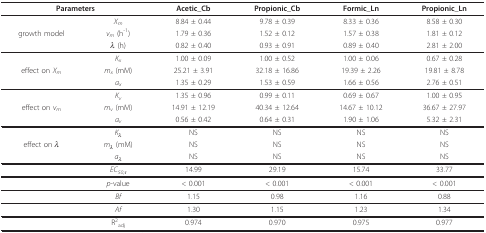
<table><thead><tr><td colspan="2"><b>Parameters</b></td><td><b>Acetic_Cb</b></td><td><b>Propionic_Cb</b></td><td><b>Formic_Ln</b></td><td><b>Propionic_Ln</b></td></tr></thead><tbody><tr><td></td><td><i>X<sub>m</sub></i></td><td>8.84 ± 0.44</td><td>9.78 ± 0.39</td><td>8.33 ± 0.36</td><td>8.58 ± 0.30</td></tr><tr><td>growth model</td><td><i>v<sub>m </sub></i>(h<sup>-1</sup>)</td><td>1.79 ± 0.36</td><td>1.52 ± 0.12</td><td>1.57 ± 0.38</td><td>1.81 ± 0.12</td></tr><tr><td></td><td><i>λ </i>(h)</td><td>0.82 ± 0.40</td><td>0.93 ± 0.91</td><td>0.89 ± 0.40</td><td>2.81 ± 2.00</td></tr><tr><td></td><td><i>K<sub>x</sub></i></td><td>1.00 ± 0.09</td><td>1.00 ± 0.52</td><td>1.00 ± 0.06</td><td>0.67 ± 0.28</td></tr><tr><td>effect on <i>X<sub>m</sub></i></td><td><i>m<sub>x </sub></i>(mM)</td><td>25.21 ± 3.91</td><td>32.18 ± 16.86</td><td>19.39 ± 2.26</td><td>19.81 ± 8.78</td></tr><tr><td></td><td><i>a<sub>x</sub></i></td><td>1.35 ± 0.29</td><td>1.53 ± 0.59</td><td>1.66 ± 0.56</td><td>2.76 ± 0.51</td></tr><tr><td></td><td><i>K<sub>v</sub></i></td><td>1.35 ± 0.96</td><td>0.99 ± 0.11</td><td>0.69 ± 0.67</td><td>1.00 ± 0.95</td></tr><tr><td>effect on <i>v<sub>m</sub></i></td><td><i>m<sub>v </sub></i>(mM)</td><td>14.91 ± 12.19</td><td>40.34 ± 12.64</td><td>14.67 ± 10.12</td><td>36.67 ± 27.97</td></tr><tr><td></td><td><i>a<sub>v</sub></i></td><td>0.56 ± 0.42</td><td>0.64 ± 0.31</td><td>1.90 ± 1.06</td><td>5.32 ± 2.31</td></tr><tr><td></td><td><i>K<sub>λ</sub></i></td><td>NS</td><td>NS</td><td>NS</td><td>NS</td></tr><tr><td>effect on <i>λ</i></td><td><i>m<sub>λ </sub></i>(mM)</td><td>NS</td><td>NS</td><td>NS</td><td>NS</td></tr><tr><td></td><td><i>a<sub>λ</sub></i></td><td>NS</td><td>NS</td><td>NS</td><td>NS</td></tr><tr><td></td><td><i>EC<sub>50,τ</sub></i></td><td>14.99</td><td>29.19</td><td>15.74</td><td>33.77</td></tr><tr><td></td><td><i>p</i>-value</td><td>&lt; 0.001</td><td>&lt; 0.001</td><td>&lt; 0.001</td><td>&lt; 0.001</td></tr><tr><td></td><td><i>Bf</i></td><td>1.15</td><td>0.98</td><td>1.16</td><td>0.88</td></tr><tr><td></td><td><i>Af</i></td><td>1.30</td><td>1.15</td><td>1.23</td><td>1.34</td></tr><tr><td></td><td>R<sup>2</sup><sub>adj</sub></td><td>0.974</td><td>0.970</td><td>0.975</td><td>0.977</td></tr></tbody></table>